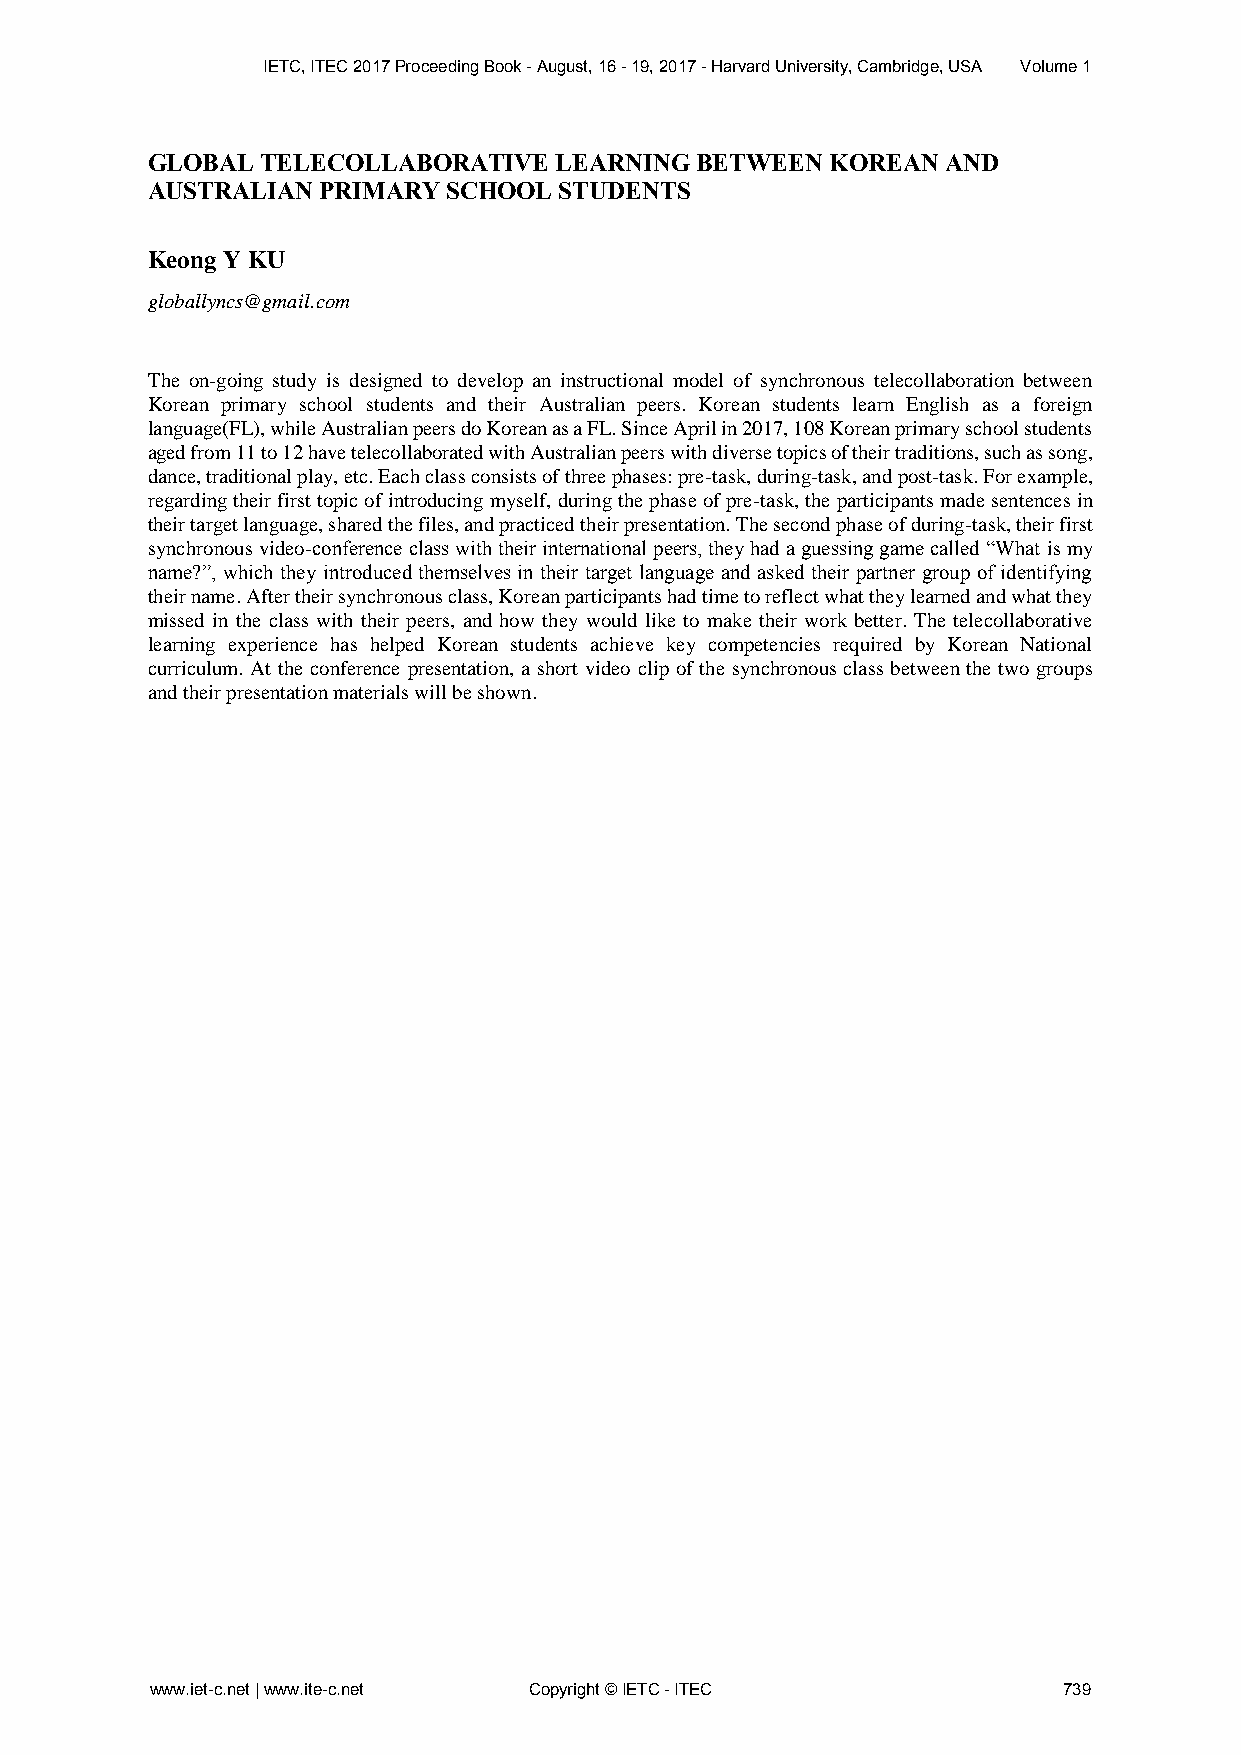
IETC, ITEC 2017 Proceeding Book - August, 16 - 19, 2017 - Harvard University, Cambridge, USA Volume 1
 GLOBAL TELECOLLABORATIVE   LEARNING BETWEEN  KOREAN  AND
 AUSTRALIAN PRIMARY  SCHOOL STUDENTS
 Keong Y KU
 globallyncs@gmail.com
 The on-going study is designed to develop an instructional model of synchronous telecollaboration between
 Korean primary school students and their Australian peers. Korean students learn English as a foreign
 language(FL), while Australian peers do Korean as a FL. Since April in 2017, 108 Korean primary school students
 aged from 11 to 12 have telecollaborated with Australian peers with diverse topics of their traditions, such as song,
 dance, traditional play, etc. Each class consists of three phases: pre-task, during-task, and post-task. For example,
 regarding their first topic of introducing myself, during the phase of pre-task, the participants made sentences in
 their target language, shared the files, and practiced their presentation. The second phase of during-task, their first
 synchronous video-conference class with their international peers, they had a guessing game called “What is my
 name?”, which they introduced themselves in their target language and asked their partner group of identifying
 their name. After their synchronous class, Korean participants had time to reflect what they learned and what they
 missed in the class with their peers, and how they would like to make their work better. The telecollaborative
 learning experience has helped Korean students achieve key competencies required by Korean National
 curriculum. At the conference presentation, a short video clip of the synchronous class between the two groups
 and their presentation materials will be shown.
 www.iet-c.net | www.ite-c.net Copyright © IETC - ITEC       739